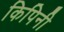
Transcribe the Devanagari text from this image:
किपिनी